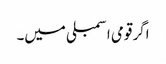
اگر قومی اسمبلی میں۔